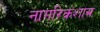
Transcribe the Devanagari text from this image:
नागरिकशास्र